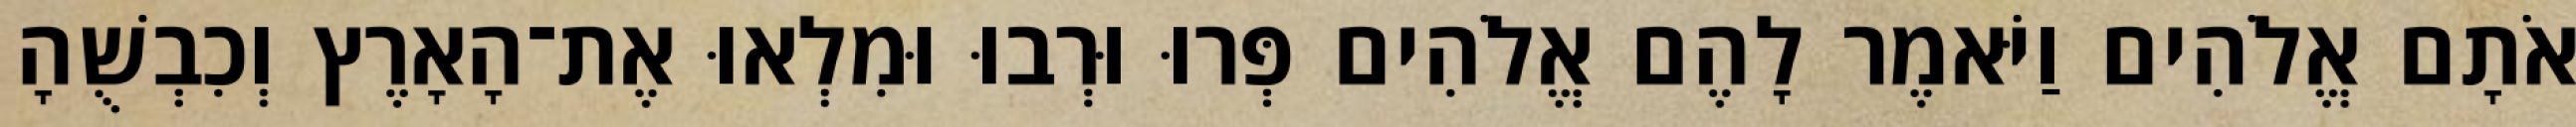
אֹתָם אֱלֹהִים וַיֹּאמֶר לָהֶם אֱלֹהִים פְּרוּ וּרְבוּ וּמִלְאוּ אֶת־הָאָרֶץ וְכִבְשֻׁהָ